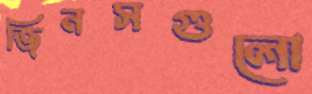
জিনসগুলো